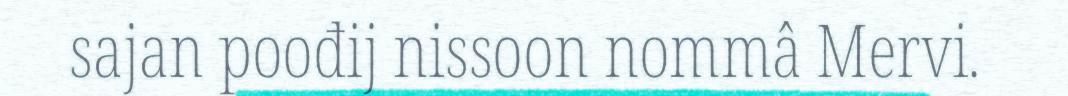
sajan poođij nissoon nommâ Mervi.